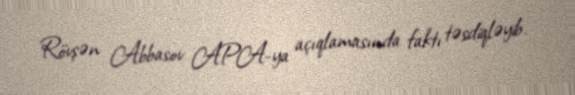
Rövşən Abbasov APA-ya açıqlamasında faktı təsdiqləyib.